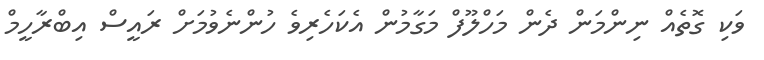
ވަކި ގޮތެއް ނިންމަން ދެން މަހްލޫފް މަގާމުން އެކަހެރިވެ ހުންނެވުމަށް ރައީސް އިބްރާހީމް